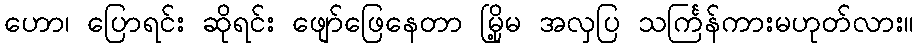
ဟော၊ ပြောရင်း ဆိုရင်း ဖျော်ဖြေနေတာ မြို့မ အလှပြ သင်္ကြန်ကားမဟုတ်လား။